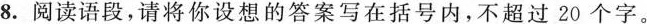
8.阅读语段，请将你设想的答案写在括号内，不超过20个字。